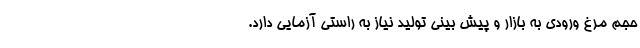
حجم مرغ ورودی به بازار و پیش بینی تولید نیاز به راستی آزمایی دارد.